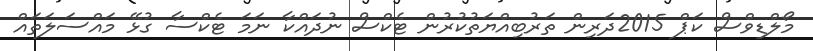
މޯލްޑިވްސް ކަޕް 2015ދަރިން ތަރުބިއްޔަތުކުރުން ޓެކްސް ނުދައްކާ ނަމަ ޓެކްސާ ގުޅޭ މައްސަލަތައް